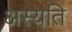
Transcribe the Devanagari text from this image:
अस्यति